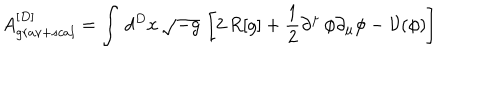
A _ { g r a v + s c a l } ^ { [ D ] } = \int \, d ^ { D } x \, \sqrt { - g } \, \left[ 2 \, R [ g ] + \frac { 1 } { 2 } \partial ^ { \mu } \, \phi \partial _ { \mu } \phi - \mathcal { V } ( \phi ) \right]